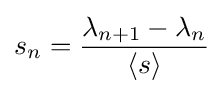
s_{n}={\frac {\lambda _{n+1}-\lambda _{n}}{\langle s\rangle }}